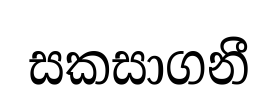
සකසාගනී